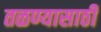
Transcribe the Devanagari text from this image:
तळण्यासाठी